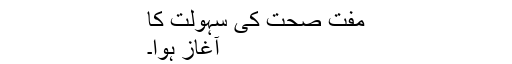
مفت صحت کی سہولت کا
آغاز ہوا۔